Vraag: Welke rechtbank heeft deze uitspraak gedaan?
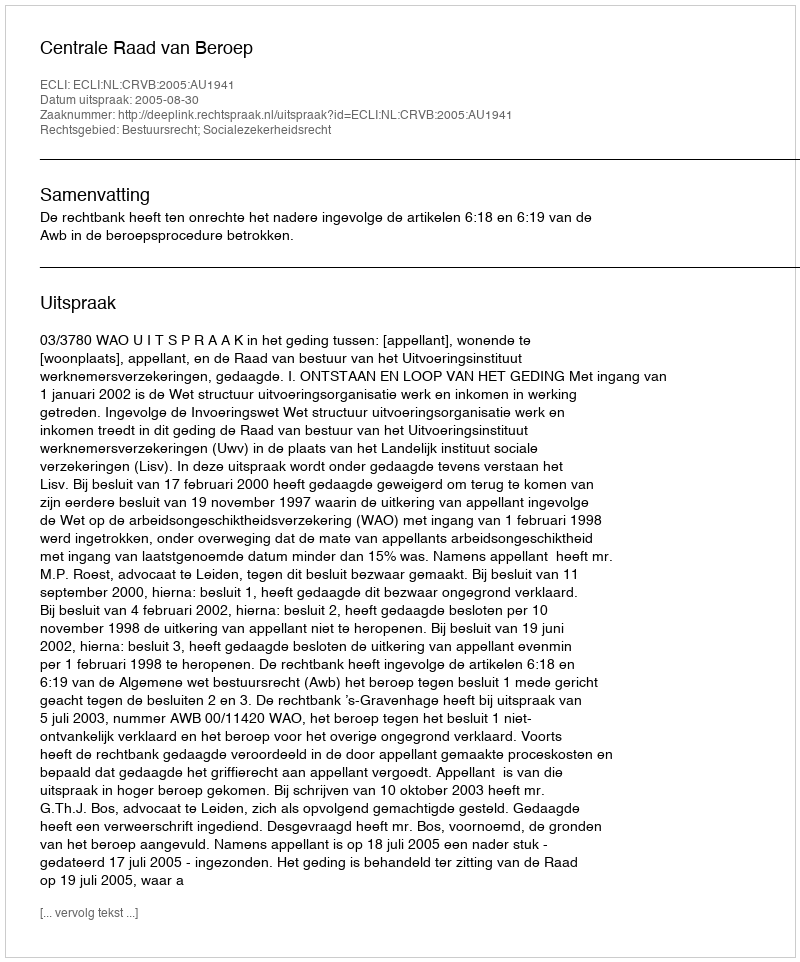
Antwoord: Centrale Raad van Beroep